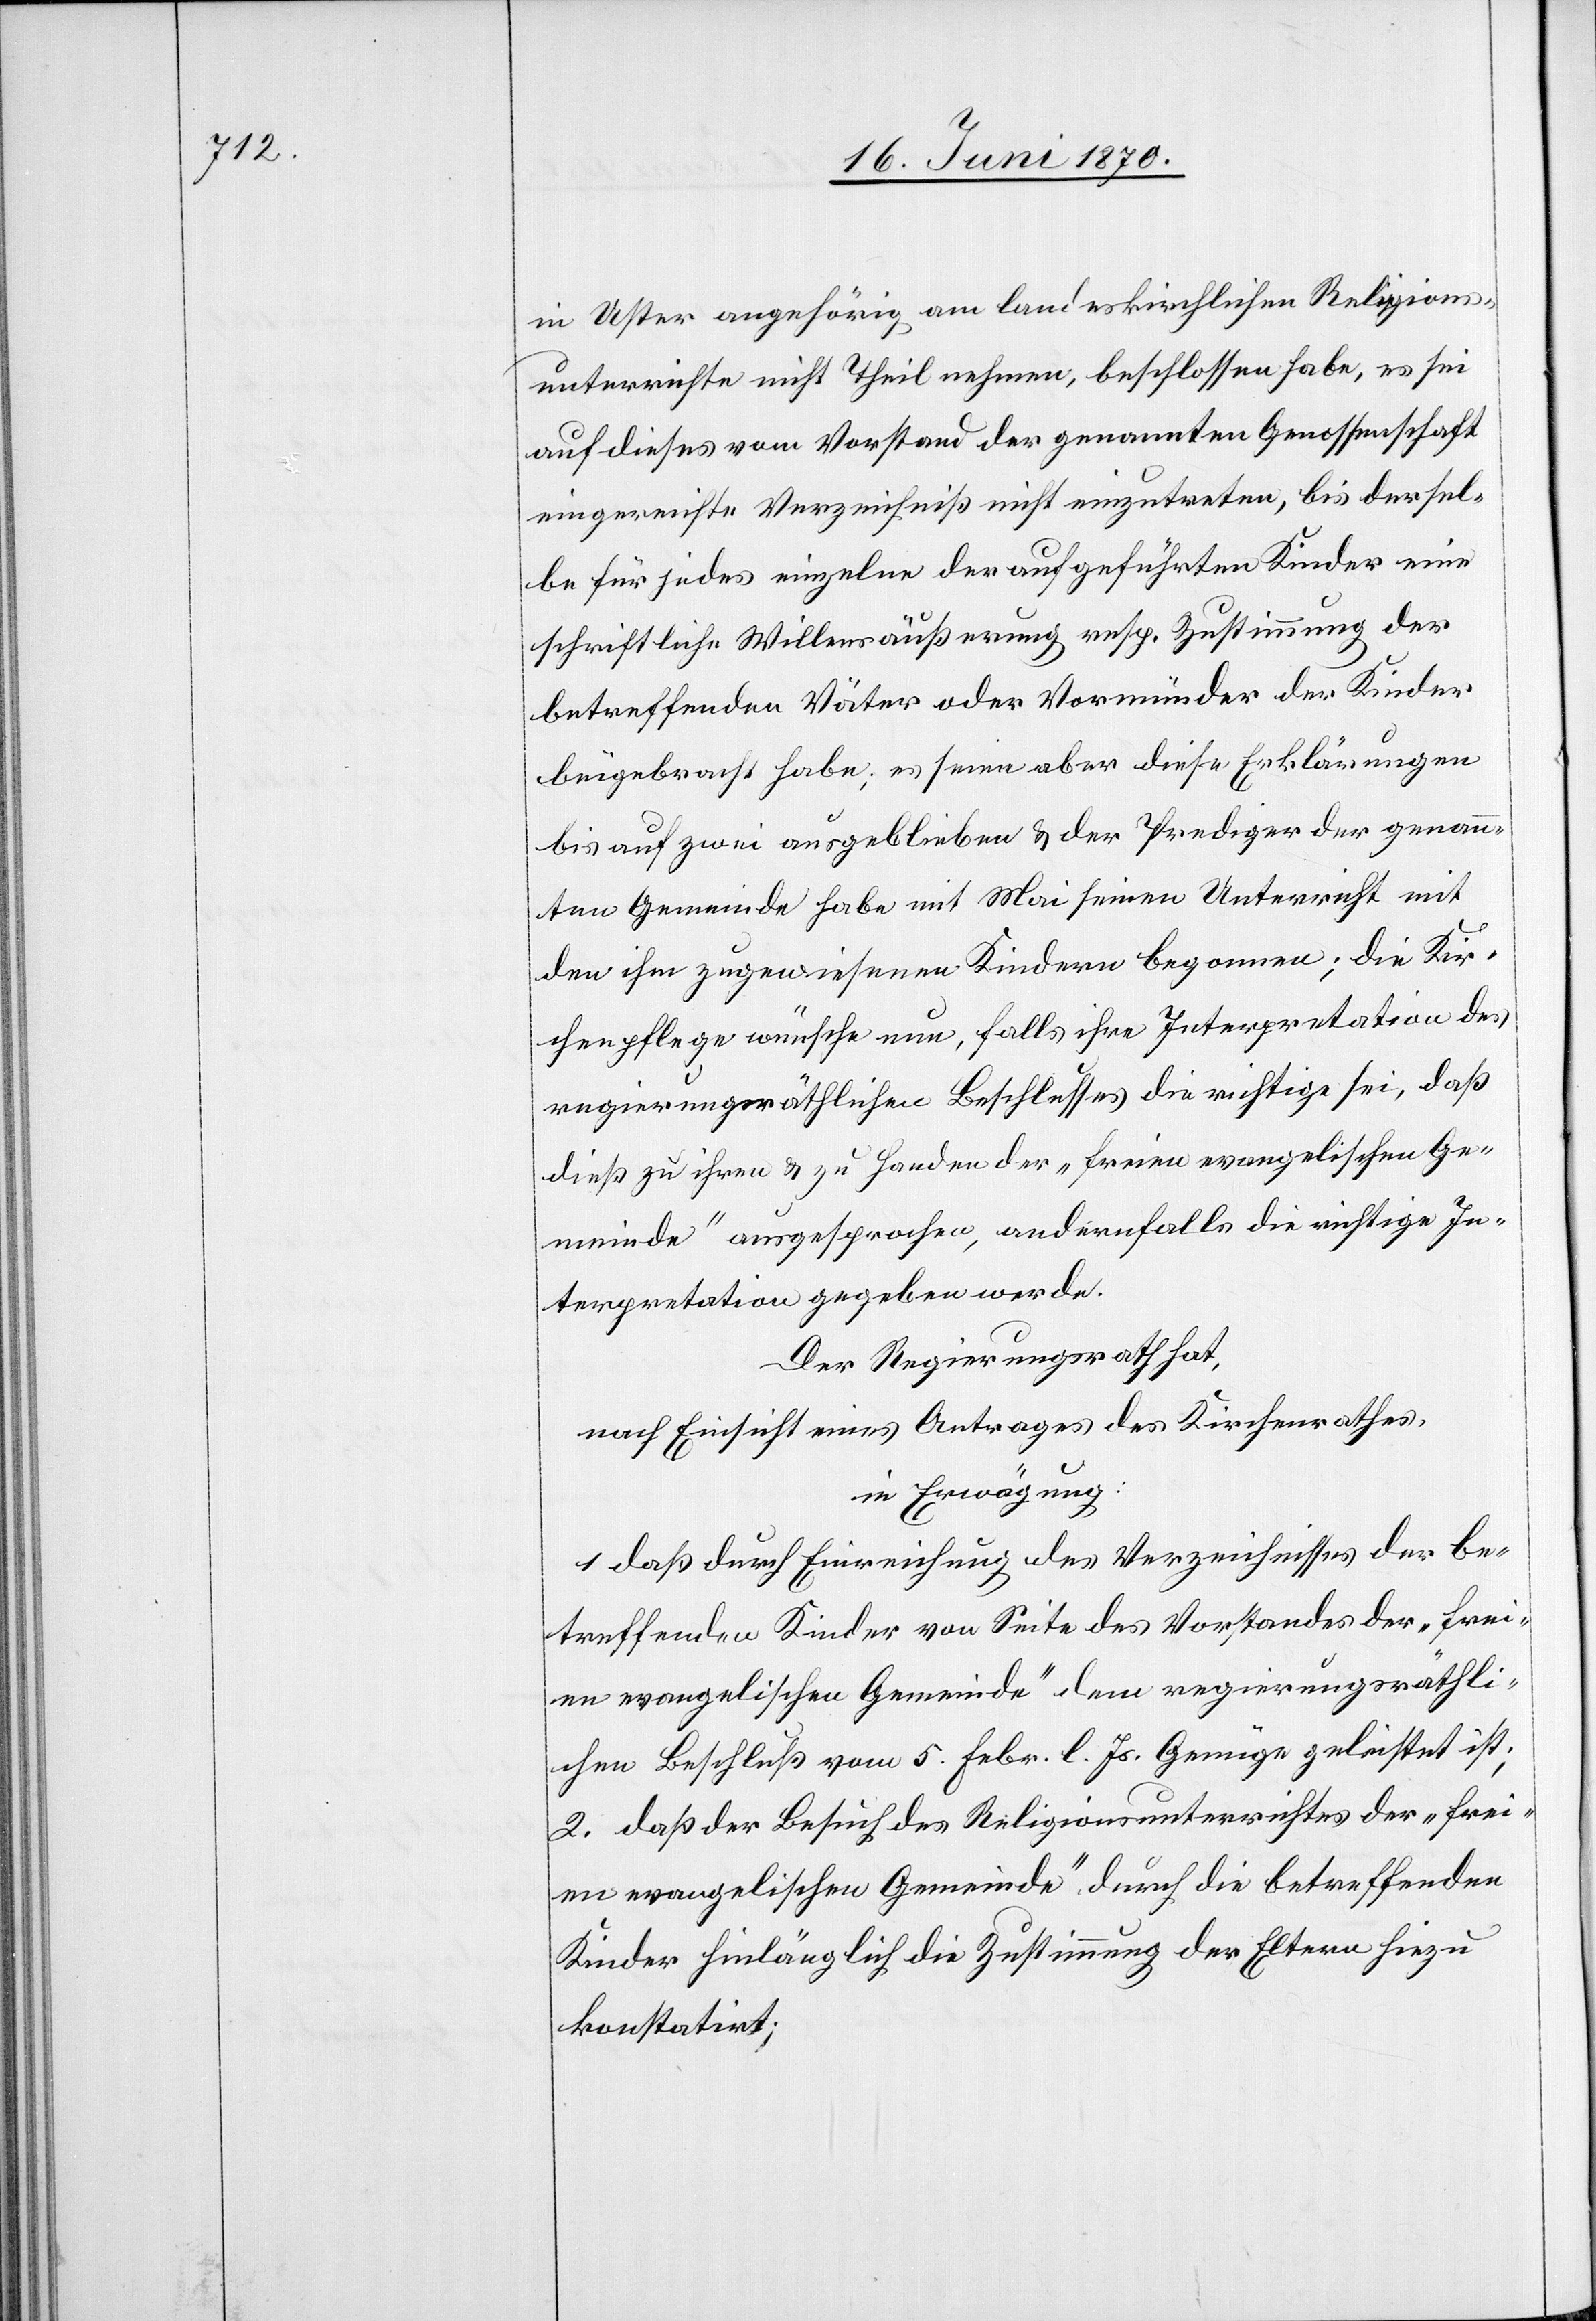
in Uster angehörig am landeskirchlichen Religions¬
unterrichte nicht Theil nehmen, beschlossen habe, es sei
auf dieses vom Vorstand der genannten Genossenschaft
eingereichte Verzeichniß nicht einzutreten, bis dersel¬
be für jedes einzelne der aufgeführten Kinder eine
schriftliche Willensäußerung resp. Zustimmung der
betreffenden Väter oder Vormünder der Kinder
beigebracht habe; es seien aber diese Erklärungen
bis auf zwei ausgeblieben & der Prediger der genan¬
nten Gemeinde habe mit Mai seinen Unterricht mit
den ihm zugewiesenen Kindern begonnen; die Kir¬
chenpflege wünsche nun, falls ihre Interpretation des
regierungsräthlichen Beschlusses die richtige sei, daß
dieß zu ihren & zu Handen der „freien evangelischen Ge¬
meinde“ ausgesprochen, andernfalls die richtige In¬
terpretation gegeben werde.
Der Regierungsrath hat,
nach Einsicht eines Antrages des Kirchenrathes,
in Erwägung:
1. daß durch Einreichung des Verzeichnisses der be¬
treffenden Kinder von Seite des Vorstandes der „frei¬
en evangelischen Gemeinde“ dem regierungsräthli¬
chen Beschluß vom 5. Febr. l. Js. Genüge geleistet ist;
2. daß der Besuch des Religionsunterrichtes der „frei¬
en evangelischen Gemeinde“, durch die betreffenden
Kinder hinlänglich die Zustimmung der Eltern hiezu
konstatirt;